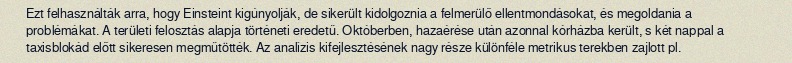
Ezt felhasználták arra, hogy Einsteint kigúnyolják, de sikerült kidolgoznia a felmerülő ellentmondásokat, és megoldania a problémákat. A területi felosztás alapja történeti eredetű. Októberben, hazaérése után azonnal kórházba került, s két nappal a taxisblokád előtt sikeresen megműtötték. Az analízis kifejlesztésének nagy része különféle metrikus terekben zajlott pl.